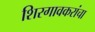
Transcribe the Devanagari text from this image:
शिरगावकरांचा